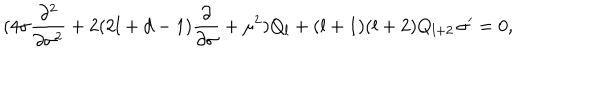
( 4 \sigma \frac { \partial ^ { 2 } } { \partial \sigma ^ { 2 } } + 2 ( 2 l + d - 1 ) \frac { \partial } { \partial \sigma } + \mu ^ { 2 } ) Q _ { l } + ( l + 1 ) ( l + 2 ) Q _ { l + 2 } \, \sigma ^ { \prime } = 0 ,